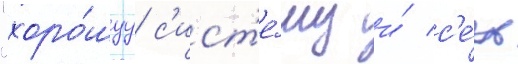
"хоро́шуу с'ист'е́му и́ с'е́ть